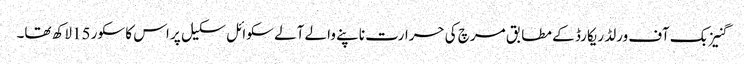
گنیز بک آف ورلڈ ریکارڈ کے مطابق مرچ کی حرارت ناپنے والے آلے سکوائل سکیل پر اس کا سکور 15لاکھ تھا۔